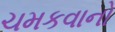
ચમકવાનો